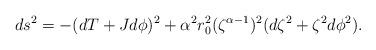
LaTeX: \begin{align*}ds^2 = -(dT+Jd\phi)^2 + \alpha^2 r_0^2 (\zeta^{\alpha-1})^2 (d\zeta^2 +\zeta^2 d\phi^2).\end{align*}